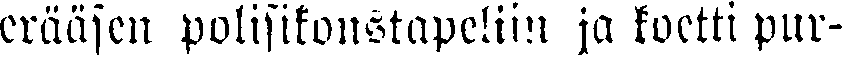
erääsen polisikonstapeliin ja koetti pur-